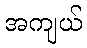
အကျယ်